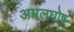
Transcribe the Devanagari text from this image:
अमलघोष